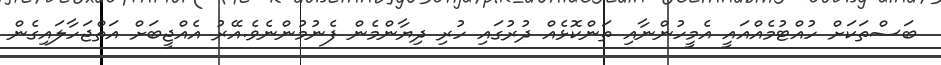
ބަސްތަކަށް ހުއްޓުމެއްއައީ އެމީހުންނާއި ތަންކޮޅެއް ދުރުގައި ހުރި ދިޔާންމެން ފެނުމުންނެވެ.އޭރު އެއްޖީބަށް އަތްޖަހާލައިގެން